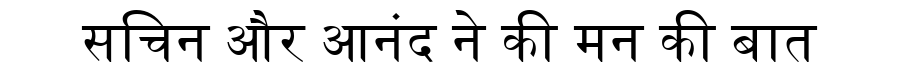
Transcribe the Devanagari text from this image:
सचिन और आनंद ने की मन की बात